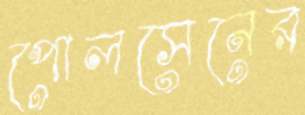
পোলসেনের